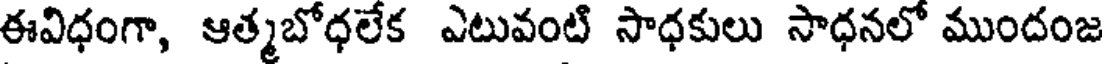
ఈవిధంగా, ఆత్మబోధలేక ఎటువంటి సాధకులు సాధనలో ముందంజ